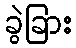
ခွဲခြား